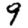
Digit: 9